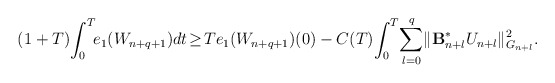
\begin{align*} (1+T) \! \int_0^T \! \! e_1(W_{n+q+1}) dt \! \ge \! Te_1(W_{n+q+1})(0) - C(T) \! \int_0^T \! \sum_{l=0}^{q} \! \| \mathcal{\mathbf{B}}_{n+l}^{\ast}U_{n+l}\|_{G_{n+l}}^2 . \end{align*}